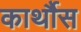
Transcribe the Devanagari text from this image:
कार्थौस